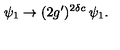
\psi _ { 1 } \rightarrow ( 2 g ^ { \prime } ) ^ { 2 \delta c } \: \psi _ { 1 } .